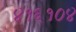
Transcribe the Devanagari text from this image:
४१६१०४